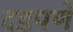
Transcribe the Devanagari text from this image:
दडपणे